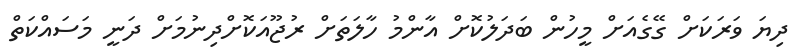
ދިޔަ ވަރަކަށް ގޭގެއަށް މީހުން ބަދަލުކޮށް އާންމު ހާލަތަށް ރުޖޫއަކޮށްދިނުމަށް ދަނީ މަސައްކަތް